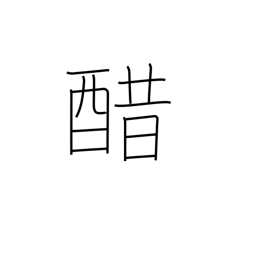
Meaning: vinegar